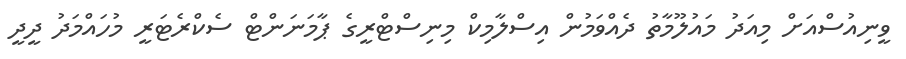
ވީނިއުސްއަށް މިއަދު މައުލޫމާތު ދެއްވަމުން އިސްލާމިކް މިނިސްޓްރީގެ ޕާމަނަންޓް ސެކްރެޓަރީ މުހައްމަދު ދީދީ